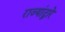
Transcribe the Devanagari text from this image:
राज्यांद्वारे